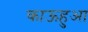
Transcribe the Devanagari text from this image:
काऊहुआ